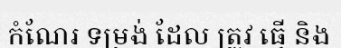
កំណែរ ទម្រង់ ដែល ត្រូវ ធ្វើ និង